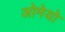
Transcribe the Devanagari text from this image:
ओमेयो